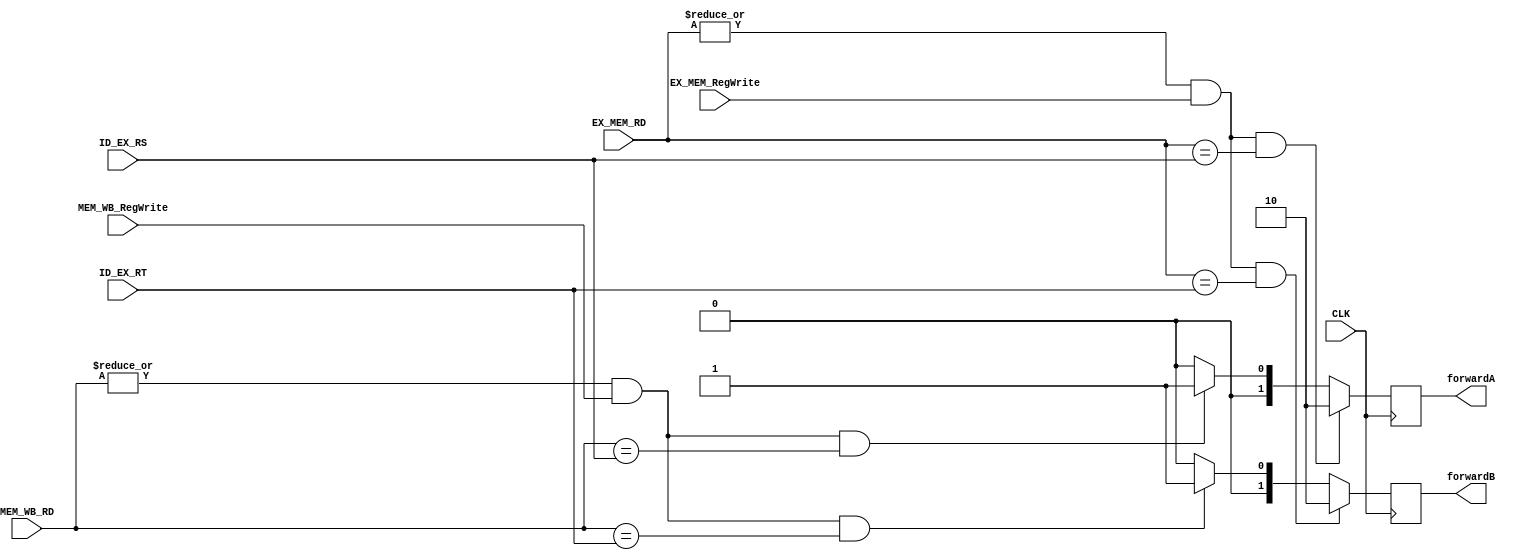
module ForwardUnit (
	input	CLK,
	//input	RESET,
	/* The bits of the instruction*/
    //input [31:0] Instruction,
    input [4:0] ID_EX_RT,
    input [4:0] ID_EX_RS,
    input [4:0] EX_MEM_RD,
    input [4:0] MEM_WB_RD,
    //output of forward 
    output reg [1:0] forwardA,
    output reg [1:0] forwardB,

    input EX_MEM_RegWrite,
    input MEM_WB_RegWrite
	);

    localparam NO_HAZARD   = 2'b00;
    localparam EX_HAZARD   = 2'b10;
    localparam MEM_HAZARD  = 2'b01;

    always @(posedge CLK) begin
            if ((|EX_MEM_RD & EX_MEM_RegWrite) & (EX_MEM_RD == ID_EX_RS)) begin
                forwardA <= EX_HAZARD;
            end else if ((|MEM_WB_RD & MEM_WB_RegWrite) & (MEM_WB_RD == ID_EX_RS)) begin
                forwardA <= MEM_HAZARD;
            end else begin
                forwardA <= NO_HAZARD;
            end

            if ((|EX_MEM_RD & EX_MEM_RegWrite) & (EX_MEM_RD == ID_EX_RT)) begin
                forwardB <= EX_HAZARD;
            end else if ((|MEM_WB_RD & MEM_WB_RegWrite) & (MEM_WB_RD == ID_EX_RT)) begin
                forwardB <= MEM_HAZARD;
            end else begin
                forwardB <= NO_HAZARD;
            end

    end
endmodule